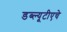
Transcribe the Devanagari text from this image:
डब्ल्यूटीएचे